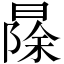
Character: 𱢠